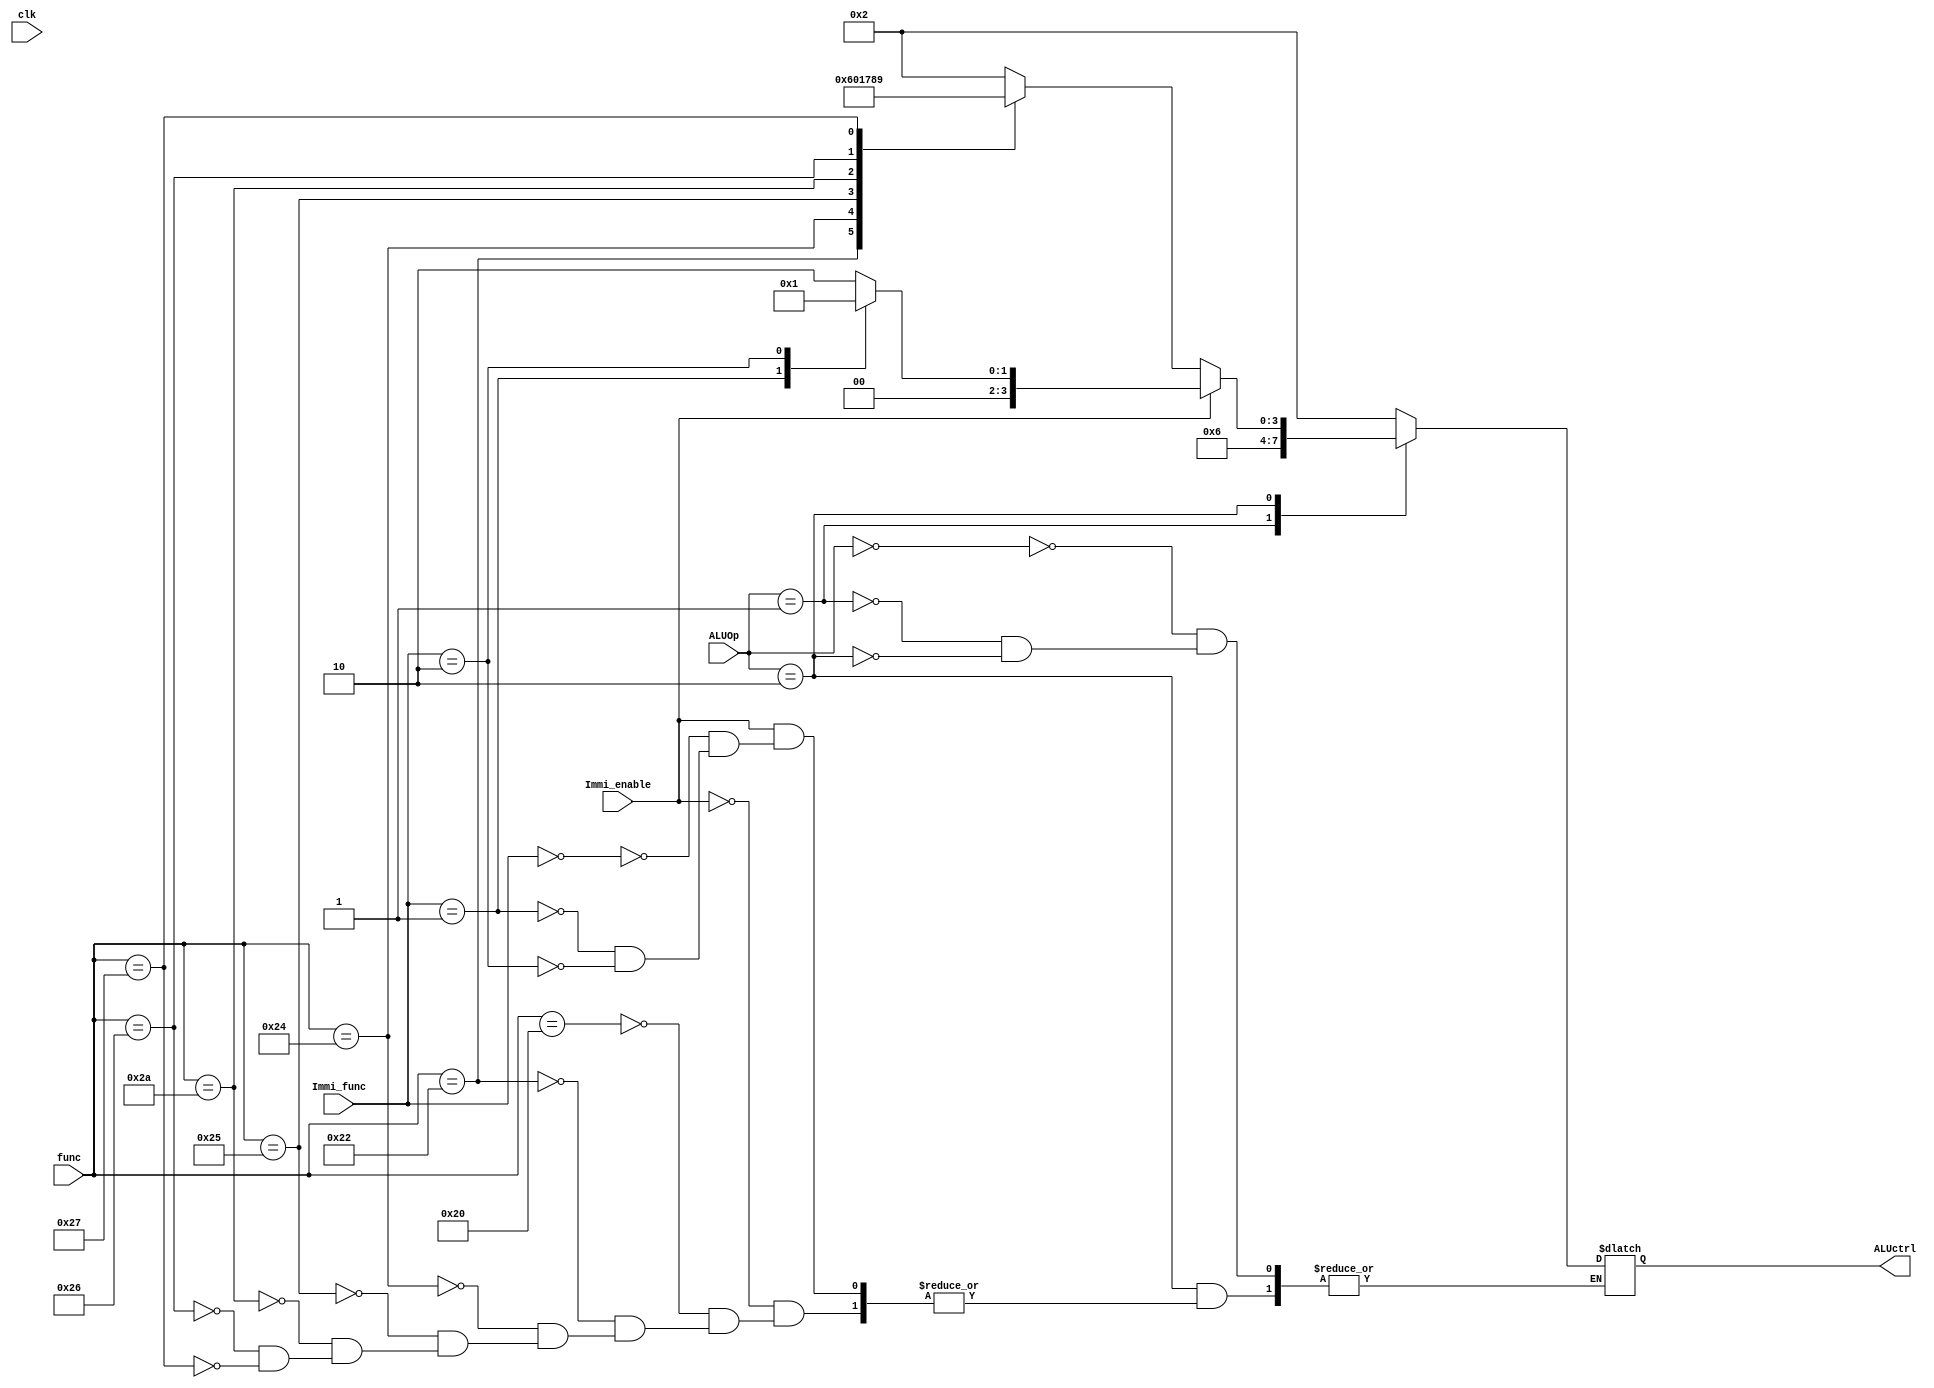
`timescale 1ns / 1ps
//////////////////////////////////////////////////////////////////////////////////
// Company: 
// Engineer: 
// 
// Design Name: 
// Module Name: ALU
// Project Name: 
// Target Devices: 
// Tool Versions: 
// Description: 
// 
// Dependencies: 
// 
// Revision:
// Revision 0.01 - File Created
// Additional Comments:
// 
//////////////////////////////////////////////////////////////////////////////////
module ALUcontrol(
    input clk,
    input [1:0]ALUOp,
    input [5:0]func,
    input Immi_enable,
    input [1:0]Immi_func,
    output reg [3:0]ALUctrl
    );
    always @ * begin
        case(ALUOp)
             2'b00: ALUctrl<=4'b0010; //add
             2'b01: ALUctrl<=4'b0110; //subtract 
             2'b10: begin
                 if(~Immi_enable)begin
                    case(func)
                        6'b100000: ALUctrl<=4'b0010;  //add
                        6'b100010: ALUctrl<=4'b0110;  //subtract
                        6'b100100: ALUctrl<=4'b0000;   //and 
                        6'b100101: ALUctrl<=4'b0001;  //or
                        6'b101010: ALUctrl<=4'b0111;  //set on less than
                        6'b100110: ALUctrl<=4'b1000; //xor
                        6'b100111: ALUctrl<=4'b1001; //nor
                        default:;
                    endcase
                 end
                 
                 else begin
                    case(Immi_func)
                        2'b00: ALUctrl<=4'b0010;  //add
                        2'b01: ALUctrl<=4'b0000;  //and
                        2'b10: ALUctrl<=4'b0001;  //or
                        default:; 
                    endcase
                 end
             end
             default: ;
        endcase
    end
endmodule


module ALU(
    input clk, 
    input [3:0]ALUctrl,
    input [31:0]a,
    input [31:0]b,
    output reg cf, //cf: non-signed carry/borrow; of:signed overflow; zf: zero
    output reg of,
    output reg zf,
    output reg[31:0]y //result
);
//ALUOp: 000--add, 001--sub, 010--and, 011--or, 100--not, 101--xor,
//   110--leftshift,111--rightshift

always @ *  begin
    case (ALUctrl)  
        //add
        4'b0010: begin
            {cf,y}={1'b0,a}+{1'b0,b};
            of=(~a[5]&~b[5]&y[5]|a[5]&b[5]&~y[5]);
        end
        //and
        4'b0000:  y=a&b;
        //sub
        4'b0110: begin
            {cf,y}=a-b;
            of=(~a[5]&b[5]&~y[5]|a[5]&~b[5]&~y[5]);
        end
        //or
        4'b0001: y=a|b;
        //Set on less than
        4'b0111: y=(a<b)?1:0;
        //xor
        4'b1000: y=a^b;
        //nor
        4'b1001: y=~(a|b);
        default: ;
        endcase
        zf=~|y;
end

endmodule